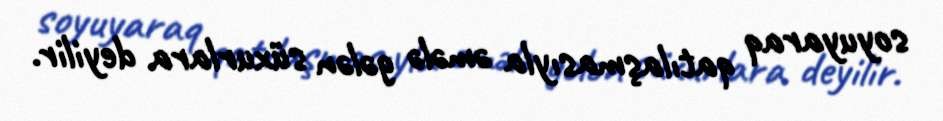
soyuyaraq qatılaşmasıyla əmələ gələn süxurlara deyilir.